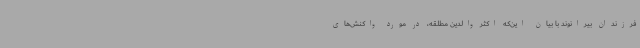
فرزندان بیرانوند با بیان این‌که اکثر والدین مطلقه، در مورد واکنش‌های